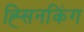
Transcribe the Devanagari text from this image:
ह्सिनकिंग